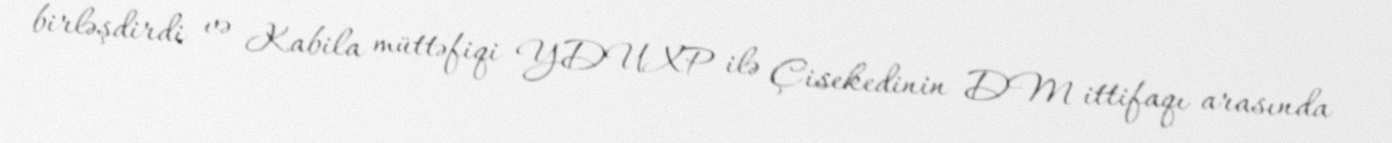
birləşdirdi və Kabila müttəfiqi YDUXP ilə Çisekedinin DM ittifaqı arasında